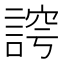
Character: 𮘛